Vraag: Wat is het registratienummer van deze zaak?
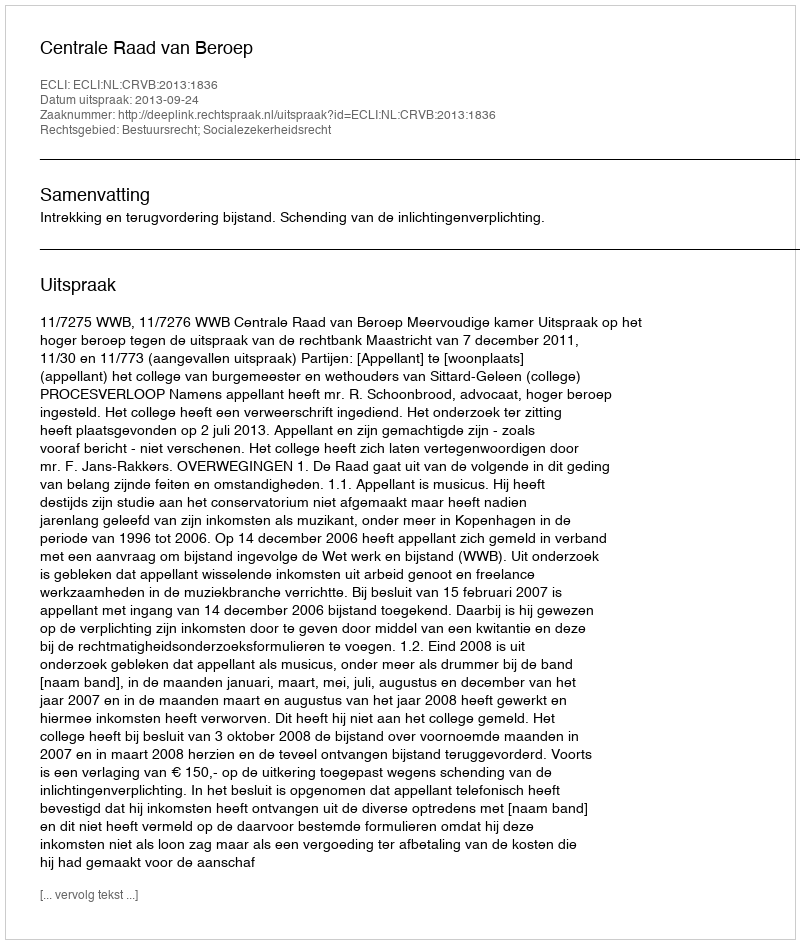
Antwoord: http://deeplink.rechtspraak.nl/uitspraak?id=ECLI:NL:CRVB:2013:1836